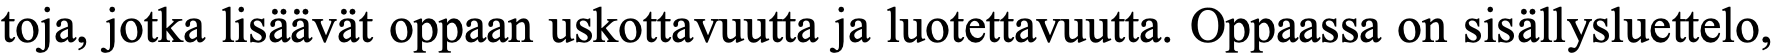
toja, jotka lisäävät oppaan uskottavuutta ja luotettavuutta. Oppaassa on sisällysluettelo,